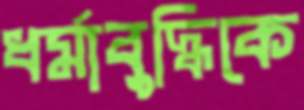
ধর্মাবুদ্ধিকে